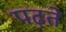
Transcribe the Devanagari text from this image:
पढ़्ते